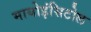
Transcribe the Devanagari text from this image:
मायोइंसिटोल